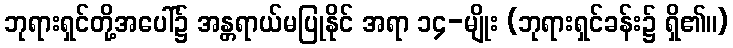
ဘုရားရှင်တို့အပေါ်၌ အန္တရာယ်မပြုနိုင် အရာ ၁၄-မျိုး (ဘုရားရှင်ခန်း၌ ရှိ၏။)